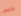
جايس